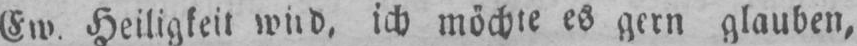
ich möchte es gern glauben,